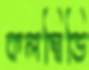
কলম্বিডি